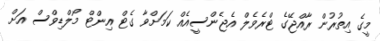
މީގެ އިތުރުން ރާއްޖޭގެ ޓްރެވެލް އެޖެންސީއެއް ކަމަށްވާ ގެޓް އިންޓް މޯލްޑިވްސް އަށް